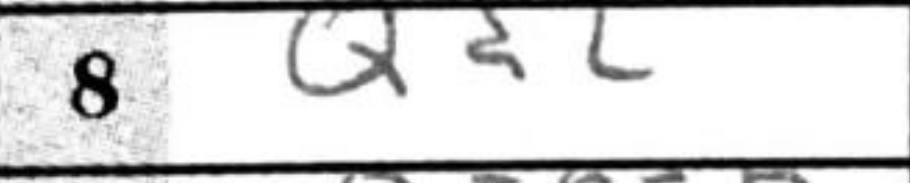
Transcription: Qd2